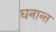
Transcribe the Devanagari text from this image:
घनान्त